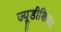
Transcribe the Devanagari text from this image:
ज्यूडीशियल